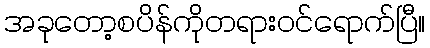
အခုတော့စပိန်ကိုတရားဝင်ရောက်ပြီ။